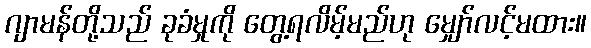
ဂျာမန်တို့သည် ခုခံမှုကို တွေ့ရလိမ့်မည်ဟု မျှော်လင့်မထား။